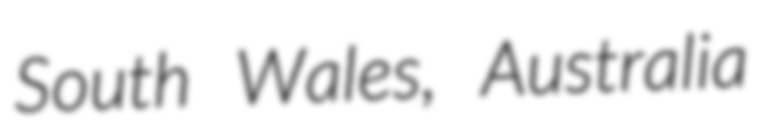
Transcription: South Wales, Australia